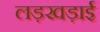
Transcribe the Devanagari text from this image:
लड़खड़ाई